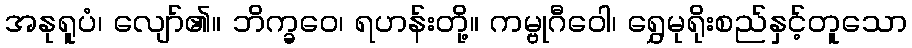
အနုရူပံ၊ လျော်၏။ ဘိက္ခဝေ၊ ရဟန်းတို့။ ကမ္ဗုဂီဝေါ၊ ရွှေမုရိုးစည်နှင့်တူသော